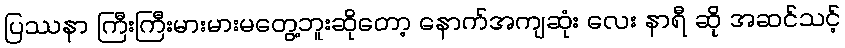
ပြဿနာ ကြီးကြီးမားမားမတွေ့ဘူးဆိုတော့ နောက်အကျဆုံး လေး နာရီ ဆို အဆင်သင့်